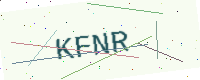
Text: KFNR